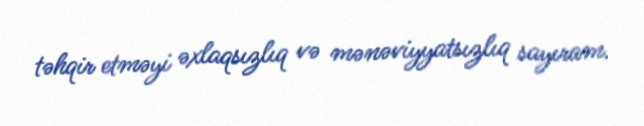
təhqir etməyi əxlaqsızlıq və mənəviyyatsızlıq sayıram.